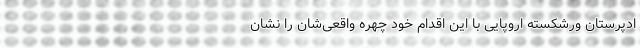
ادپرستان ورشکسته اروپایی با این اقدام خود چهره واقعی‌شان را نشان